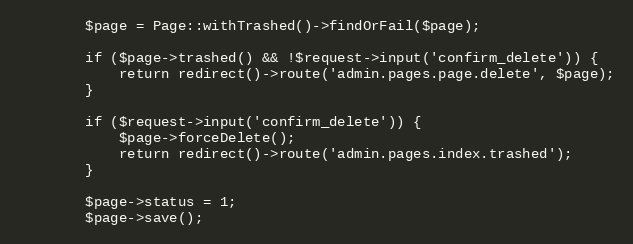
Language: PHP
        $page = Page::withTrashed()->findOrFail($page);

        if ($page->trashed() && !$request->input('confirm_delete')) {
            return redirect()->route('admin.pages.page.delete', $page);
        }

        if ($request->input('confirm_delete')) {
            $page->forceDelete();
            return redirect()->route('admin.pages.index.trashed');
        }

        $page->status = 1;
        $page->save();